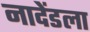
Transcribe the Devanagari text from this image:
नादेंडला